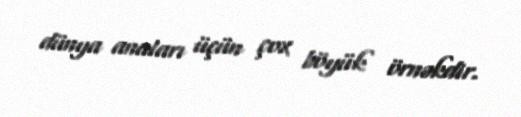
dünya anaları üçün çox böyük örnəkdir.